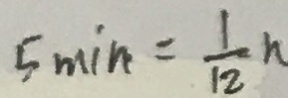
5 \min = \frac { 1 } { 1 2 } h